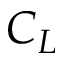
C _ { L }